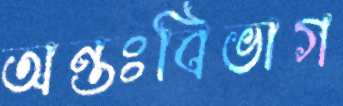
অন্তঃবিভাগ